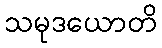
သမုဒယောတိ